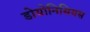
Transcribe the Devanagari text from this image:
डोयोनिसियस